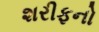
શરીફનો